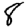
Digit: 8